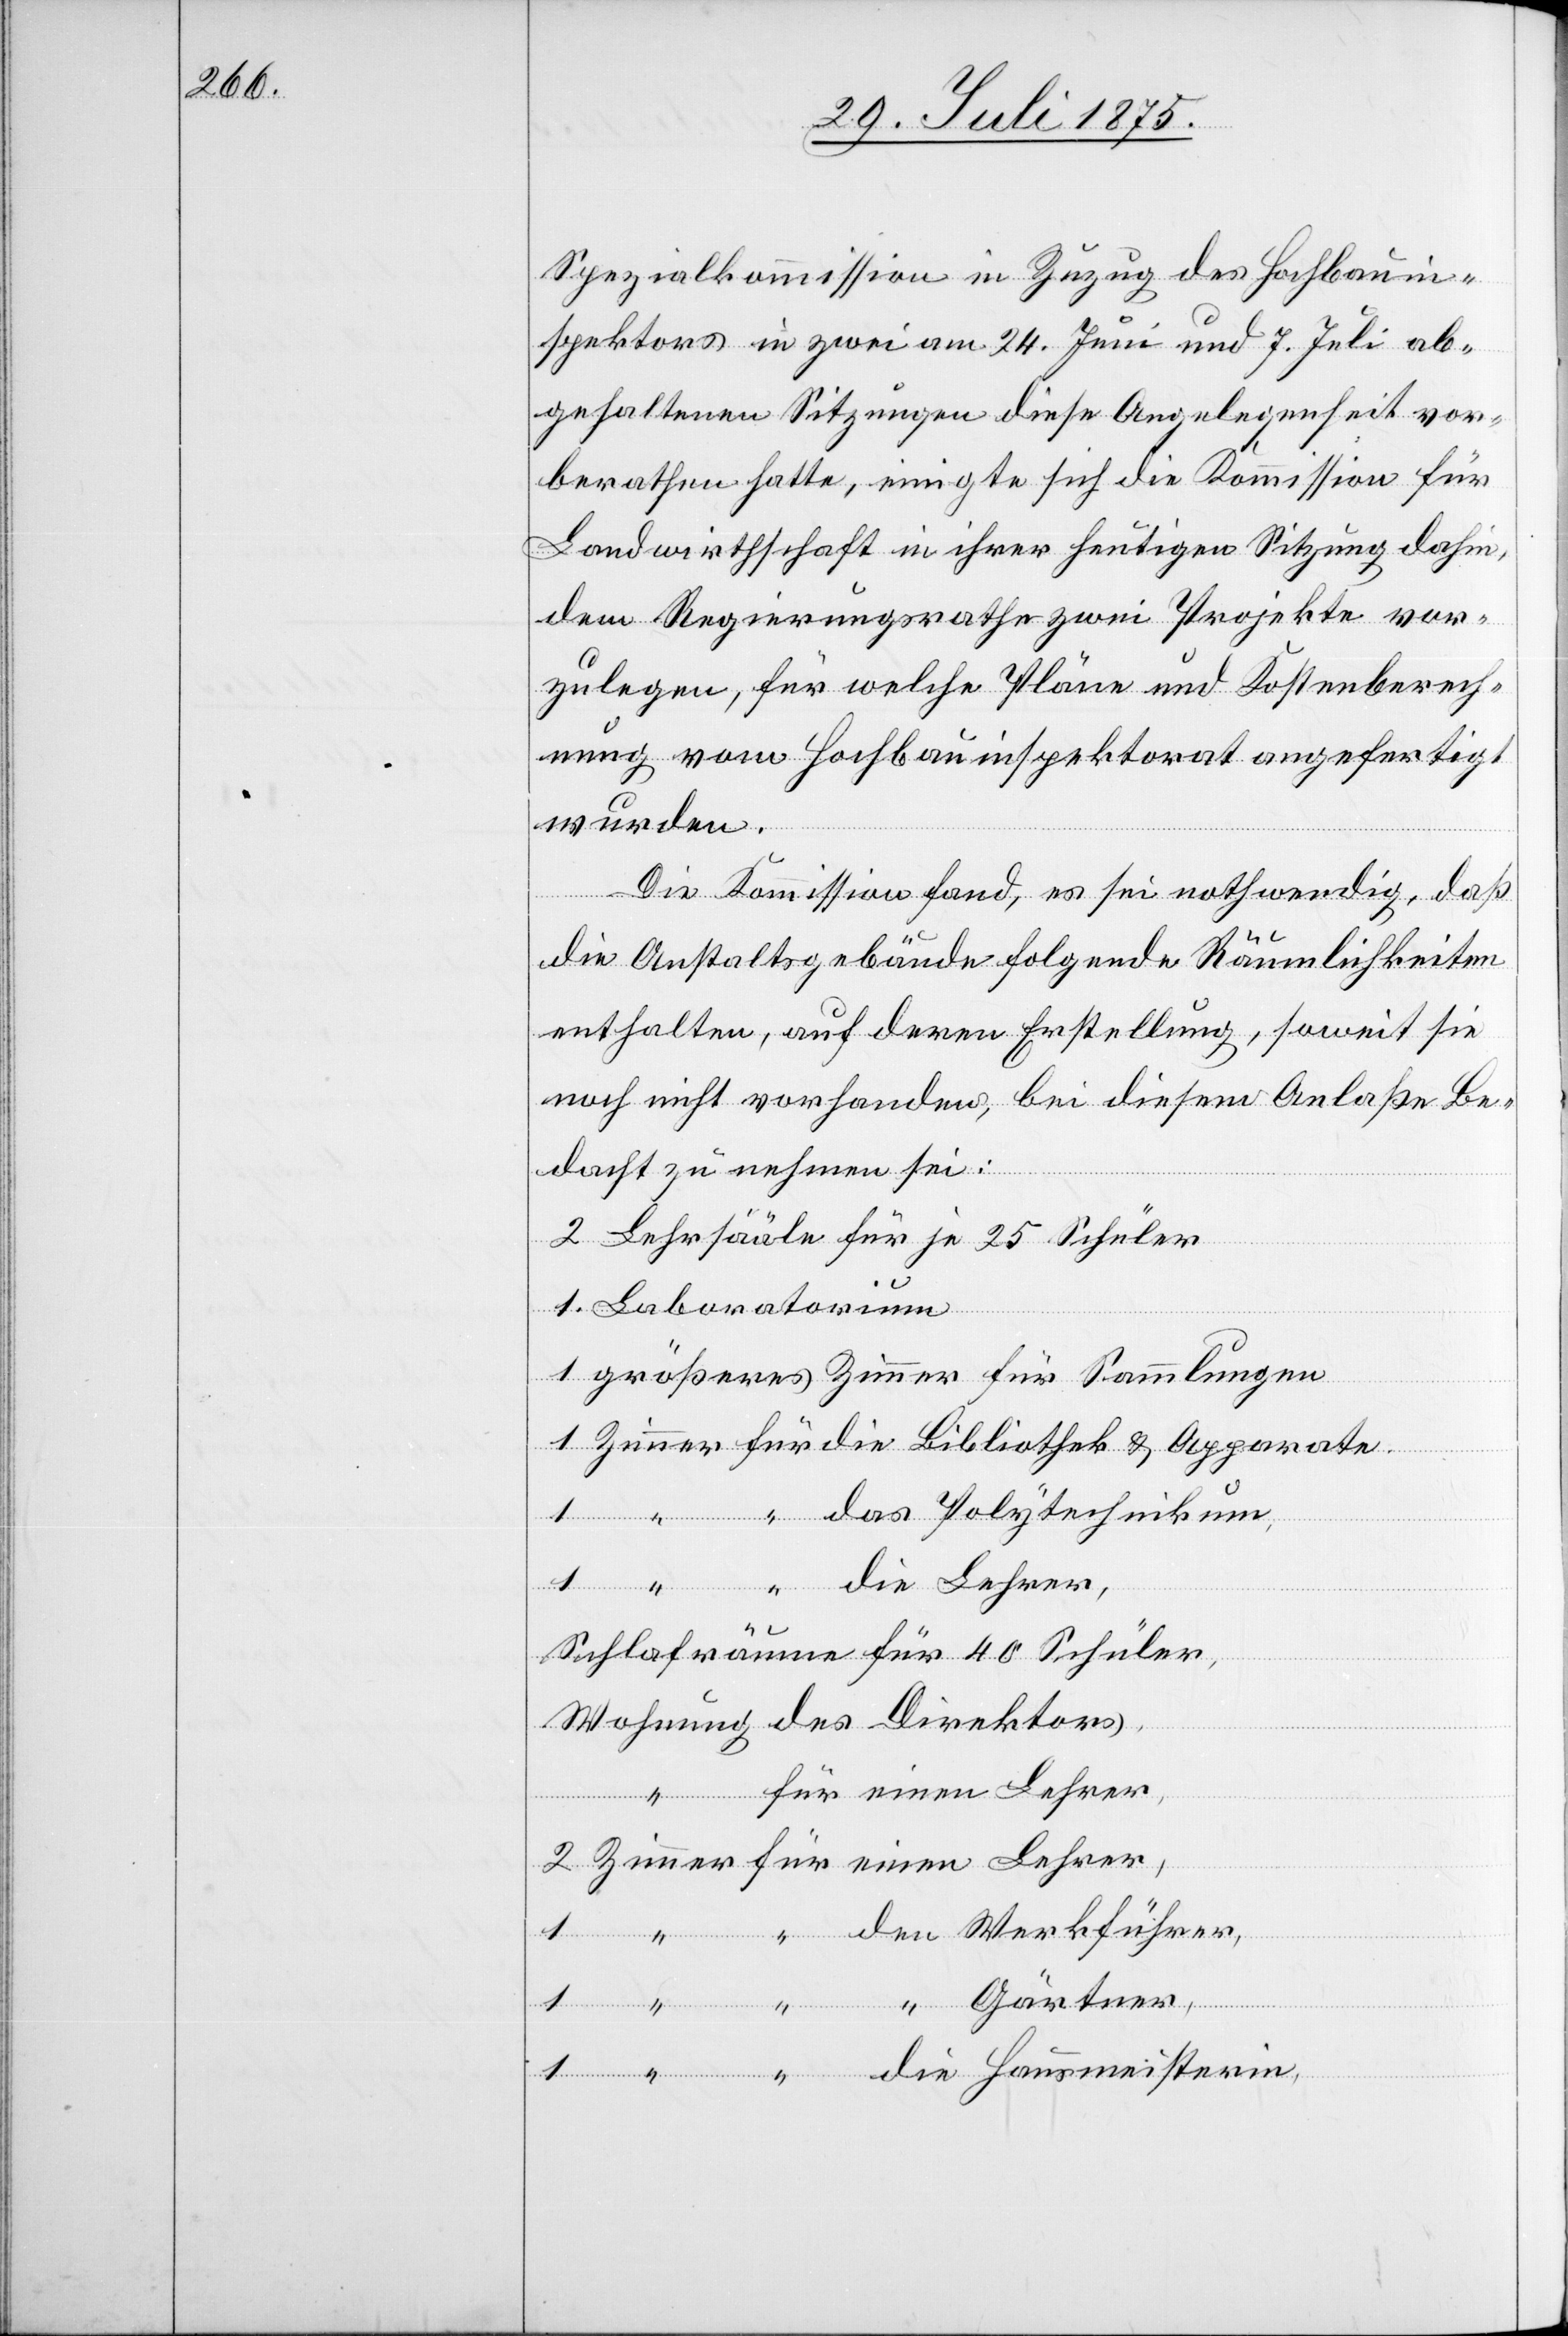
Spezialkommission in Zuzug des Hochbauin¬
spektors in zwei am 24. Juni und 7. Juli ab¬
gehaltenen Sitzungen diese Angelegenheit vor¬
berathen hatte, einigte sich die Kommission für
Landwirthschaft in ihrer heutigen Sitzung dahin,
dem Regierungsrathe zwei Projekte vor¬
zulegen, für welche Pläne und Kostenberech¬
nung vom Hochbauinspektorat angefertigt
wurden.
Die Kommission fand, es sei nothwendig, daß
die Anstaltsgebäude folgende Räumlichkeiten
enthalten, auf deren Erstellung, soweit sie
noch nicht vorhanden, bei diesem Anlaße Be¬
dacht zu nehmen sei:
Lehrsääle für je 25 Schüler
Laboratorium
größeres Zimmer für Sammlungen
Schlafräume für 40 Schüler,
für einen Lehrer,